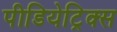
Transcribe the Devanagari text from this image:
पीडियेट्रिक्स